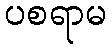
ပစရာမ